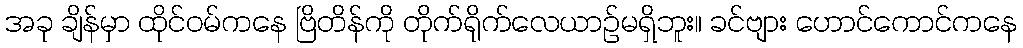
အခု ချိန်မှာ ထိုင်ဝမ်ကနေ ဗြိတိန်ကို တိုက်ရိုက်လေယာဉ်မရှိဘူး။ ခင်ဗျား ဟောင်ကောင်ကနေ